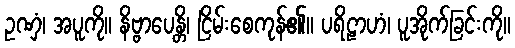
ဥဏှံ၊ အပူကို။ နိဗ္ဗာပေန္တိ၊ ငြိမ်းစေကုန်၏။ ပရိဠာဟံ၊ ပူအိုက်ခြင်းကို။